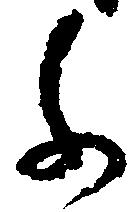
千